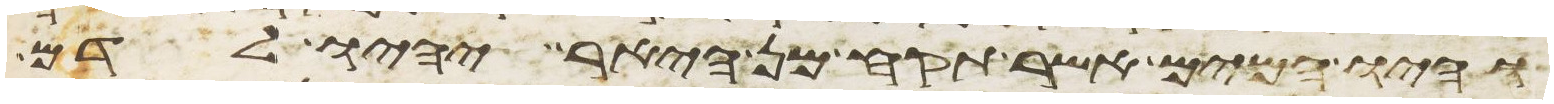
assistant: והיו המים אשר תקח מן היאר יהיו לדם